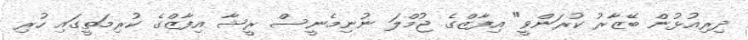
ދިރިއުޅުން ބޭޒާރު ކުރަންވީ" އިފާޒްގެ ޖުމްލަ ނުނިމެނީސް ރީޝާ އިފާޒްގެ ކުރިމަތީގައި ހުރި